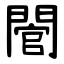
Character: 䦡